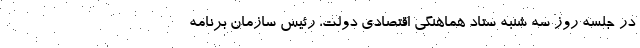
در جلسه روز سه شنبه ستاد هماهنگی اقتصادی دولت، رئیس سازمان برنامه